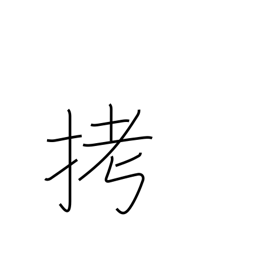
Meaning: torture